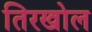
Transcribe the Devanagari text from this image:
तिरखोल